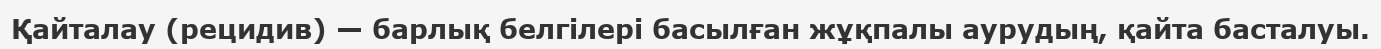
Қайталау (рецидив) — барлық белгілері басылған жұқпалы аурудың, қайта басталуы.